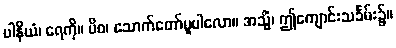
ပါနိယံ၊ ရေကို။ ပိဝ၊ သောက်တော်မူပါလော။ အသ္မိံ၊ ဤကျောင်းသင်္ခမ်း၌။